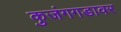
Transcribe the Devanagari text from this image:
कुजंगगडावर